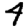
Digit: 4